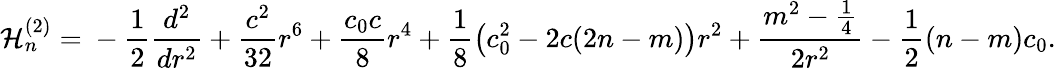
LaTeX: {\cal H}_{n}^{(2)}={}-\frac 12\frac{d^{2}}{dr^{2}}+\frac{c^{2}}{32}r^{6}+\frac{c_{0}c}8r^{4}+\frac 18\left(c_{0}^{2}-2c(2n-m)\right)r^{2}+\frac{m^{2}-\frac 14}{2r^{2}}-\frac 12(n-m)c_{0}.